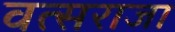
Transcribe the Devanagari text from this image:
वत्सराजा